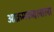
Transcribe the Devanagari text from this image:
आक्रमकदलाला